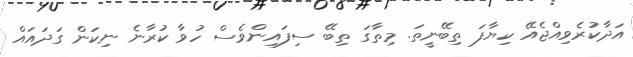
އަދާކުރެވިއްޖެއޭ ކިޔާފަ ތިބޭނީތަ. މިތާގަ ތިބޭ ސިފައިންވެސް ހުވާ ކުރާނެ ނިކަން ގަދައައް